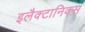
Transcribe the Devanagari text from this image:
इलैक्टानिक्स